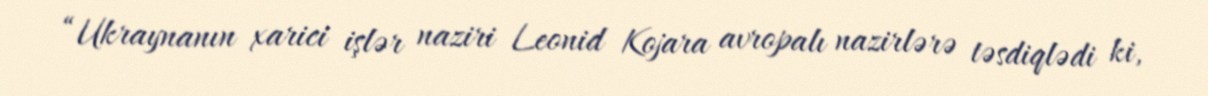
“Ukraynanın xarici işlər naziri Leonid Kojara avropalı nazirlərə təsdiqlədi ki,